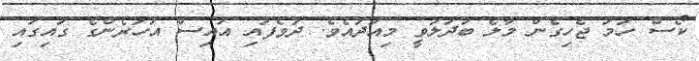
ކޯސް ހަމަ ޖެހިގެން މާލެ ބަދަލުވީ މިއަދުއެވެ. ދުވެފައި އައިސް އަހަރެންގެ ގައިގައި